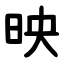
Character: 映